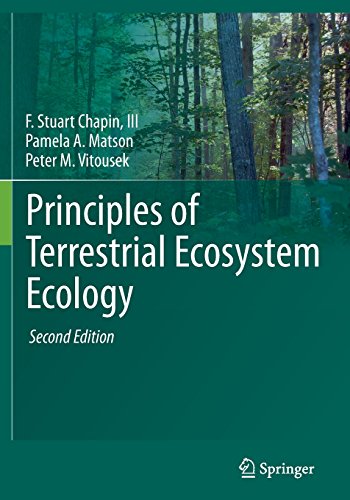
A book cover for Principles of Terrestrial Ecosystem Ecology; F. Stuart Chapin III; Science & Math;